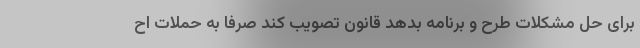
برای حل مشکلات طرح و برنامه بدهد قانون تصویب کند صرفا به حملات اح